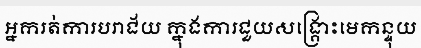
អ្នករត់ការបរាជ័យ ក្នុងការជួយសង្គ្រោះមេកន្ទុយ